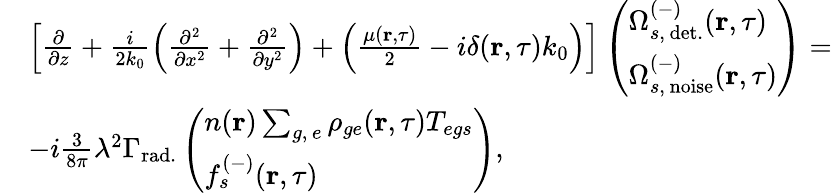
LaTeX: \begin{array}{rl}&{\left[\frac{\partial}{\partial z}+\frac{i}{2k_{0}}\left(\frac{\partial^{2}}{\partial x^{2}}+\frac{\partial^{2}}{\partial y^{2}}\right)+\left(\frac{\mu(\textbf{r},\tau)}{2}-i\delta(\textbf{r},\tau)k_{0}\right)\right]\left(\begin{array}{l}{\Omega_{s,\, \mathrm{det.}}^{(-)}(\textbf{r},\tau)}\\ {\Omega_{s,\, \mathrm{noise}}^{(-)}(\textbf{r},\tau)}\end{array}\right)=}\\ &{-i\frac{3}{8\pi}\lambda^{2}\Gamma_{\mathrm{rad.}}\left(\begin{array}{l}{n(\textbf{r})\sum_{g,\, e}\rho_{ge}(\textbf{r},\tau)T_{egs}}\\ {f_{s}^{(-)}(\textbf{r},\tau)}\end{array}\right),}\end{array}